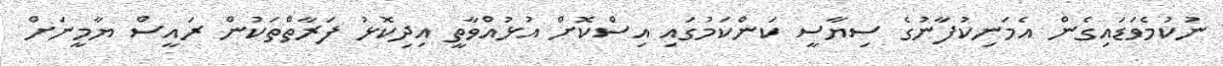
ނުކުމެވަޑައިގެން އެމަނިކުފާނުގެ ސިޔާސީ ކަންކަމުގައި އިސްކޮށް އުޅުއްވާތީ އިދިކޮޅު ފަރާތްތަކުން ރައީސް ޔާމީނަށް